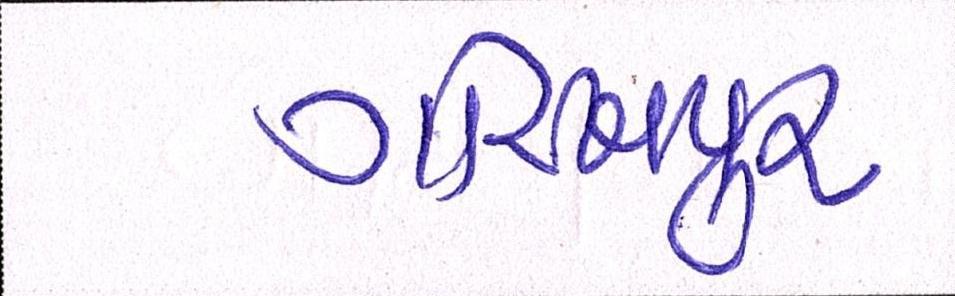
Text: ગોરખપુરઃ